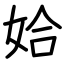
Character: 姶